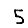
Digit: 5